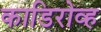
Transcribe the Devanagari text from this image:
काडिरोव्ह